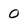
Character: O